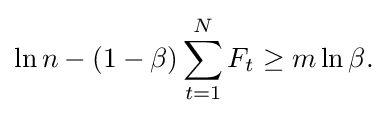
{\begin{aligned}\ln n-(1-\beta )\sum _{t=1}^{N}F_{t}\geq m\ln \beta .\end{aligned}}